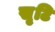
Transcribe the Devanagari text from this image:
सृ्टि